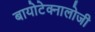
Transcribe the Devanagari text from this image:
बायोटेक्नालोजी